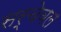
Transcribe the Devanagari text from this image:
सर्चेबल